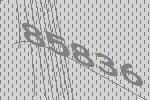
85836